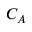
C _ { A }